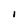
Character: I